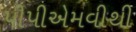
પીપીએમવીથી